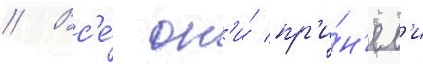
// Вс'е́ он'и́ пр'и́н'ял'и